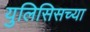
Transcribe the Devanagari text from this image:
युलिसिसच्या